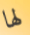
لها